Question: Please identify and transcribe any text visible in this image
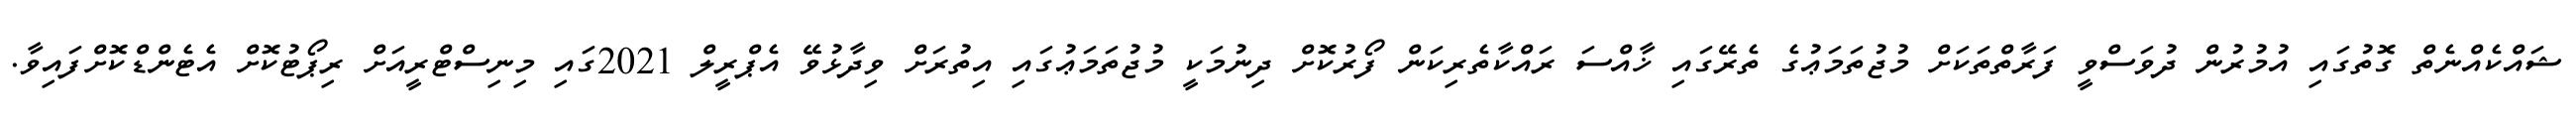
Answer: ޝައްކެއްނެތް ގޮތުގައި އުމުރުން ދުވަސްވީ ފަރާތްތަކަށް މުޖުތަމަޢުގެ ތެރޭގައި ޚާއްސަ ރައްކާތެރިކަން ފޯރުކޮށް ދިނުމަކީ މުޖުތަމަޢުގައި އިތުރަށް ވިދާޅުވޭ އެޕްރީލް 2021ގައި މިނިސްޓްރީއަށް ރިޕޯޓުކޮށް އެޓެންޑްކޮށްފައިވާ.